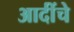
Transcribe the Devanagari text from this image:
आदींंचे